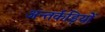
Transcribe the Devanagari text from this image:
अन्तर्कड़ियों